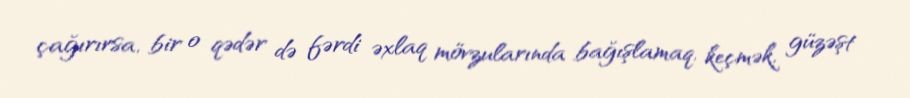
çağırırsa, bir o qədər də fərdi əxlaq mövzularında bağışlamaq, keçmək, güzəşt